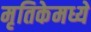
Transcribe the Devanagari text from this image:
मृतिकेमध्ये